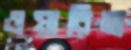
ওয়ারিসা